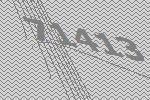
71413